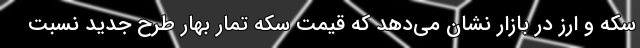
سکه و ارز در بازار نشان می‌دهد که قیمت سکه تمار بهار طرح جدید نسبت